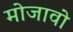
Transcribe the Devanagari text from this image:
मोजावो